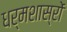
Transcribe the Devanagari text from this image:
धर्मशास्रों